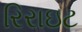
રિરાઇટ